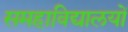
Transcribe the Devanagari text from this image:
समहाविद्यालयों